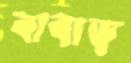
বাবাড়